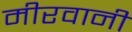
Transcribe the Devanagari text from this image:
मीरवानी